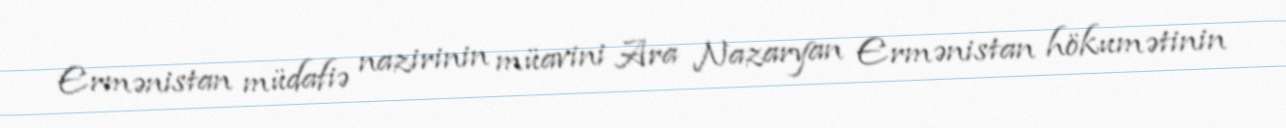
Ermənistan müdafiə nazirinin müavini Ara Nazaryan Ermənistan hökumətinin